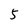
Character: 5